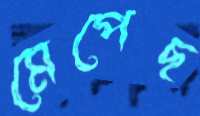
মেপেছ